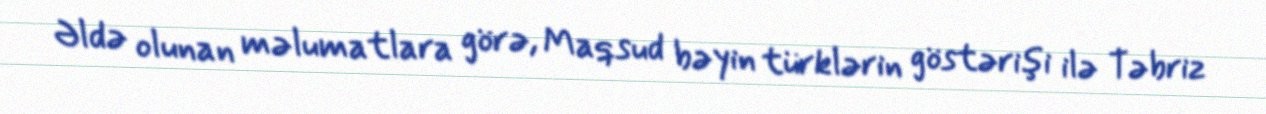
Əldə olunan məlumatlara görə, Maqsud bəyin türklərin göstərişi ilə Təbriz